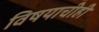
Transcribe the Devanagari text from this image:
विषयाचीही